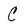
Character: C